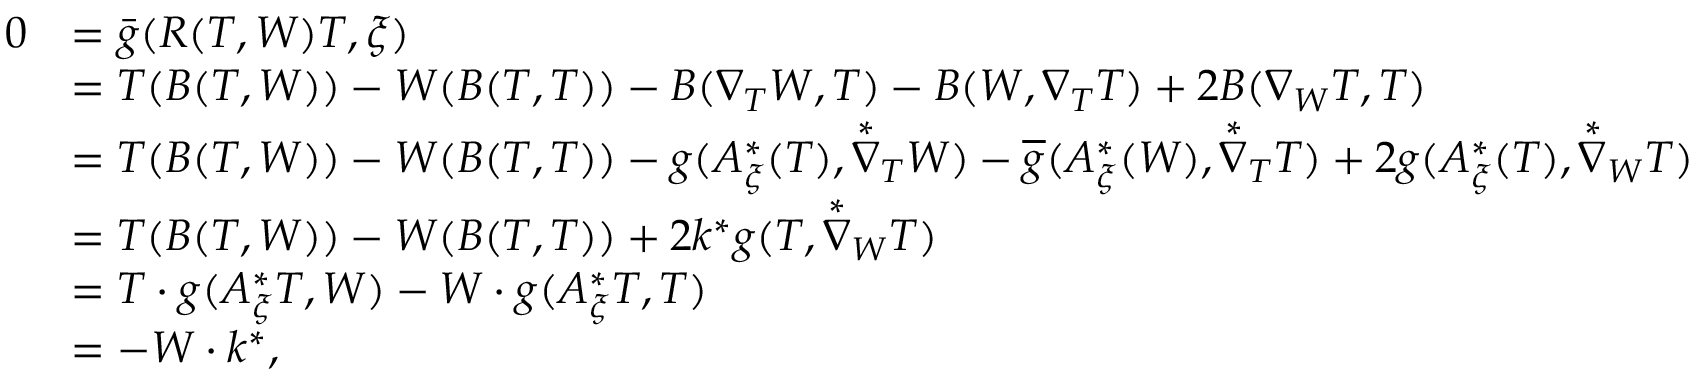
\begin{array} { r l } { 0 } & { = \bar { g } ( R ( T , W ) T , \xi ) } \\ & { = T ( B ( T , W ) ) - W ( B ( T , T ) ) - B ( \nabla _ { T } W , T ) - B ( W , \nabla _ { T } T ) + 2 B ( \nabla _ { W } T , T ) } \\ & { = T ( B ( T , W ) ) - W ( B ( T , T ) ) - { g } ( A _ { \xi } ^ { * } ( T ) , \overset { * } { \nabla } _ { T } W ) - \overline { { g } } ( A _ { \xi } ^ { * } ( W ) , \overset { * } { \nabla } _ { T } T ) + 2 { g } ( A _ { \xi } ^ { * } ( T ) , \overset { * } { \nabla } _ { W } T ) } \\ & { = T ( B ( T , W ) ) - W ( B ( T , T ) ) + 2 k ^ { * } { g } ( T , \overset { * } { \nabla } _ { W } T ) } \\ & { = T \cdot { g } ( A _ { \xi } ^ { * } T , W ) - W \cdot { g } ( A _ { \xi } ^ { * } T , T ) } \\ & { = - W \cdot k ^ { * } , } \end{array}